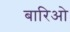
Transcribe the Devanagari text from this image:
बारिओ